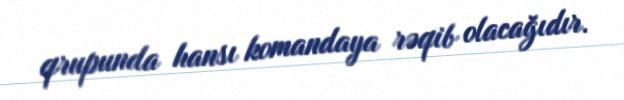
qrupunda hansı komandaya rəqib olacağıdır.